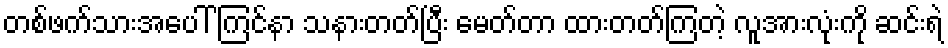
တစ်ဖက်သားအပေါ် ကြင်နာ သနားတတ်ပြီး မေတ်တာ ထားတတ်ကြတဲ့ လူအားလုံးကို ဆင်းရဲ